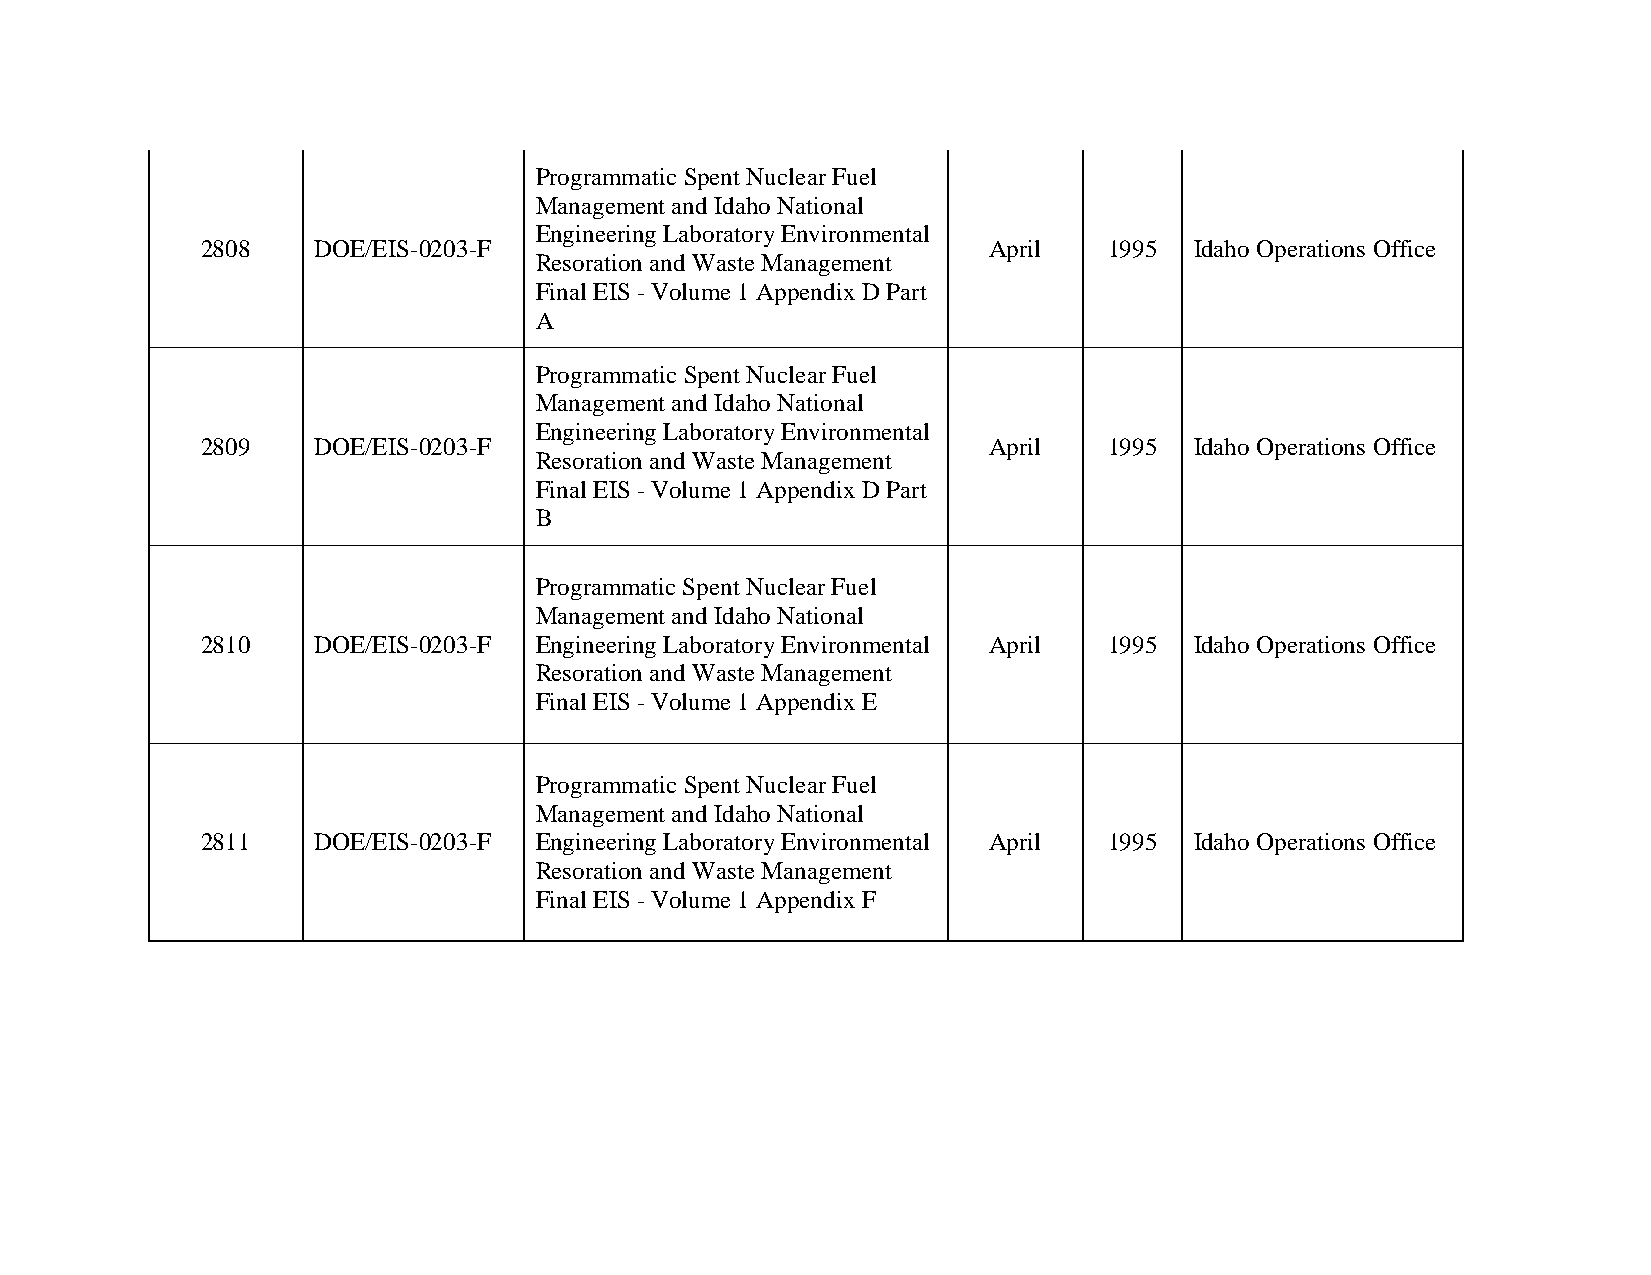
Programmatic Spent Nuclear Fuel
 Management and Idaho National
 Engineering Laboratory Environmental
 2808    DOE/EIS-0203-F                              April   1995  Idaho Operations Office
 Resoration and Waste Management
 Final EIS - Volume 1 Appendix D Part
 A
 Programmatic Spent Nuclear Fuel
 Management and Idaho National
 Engineering Laboratory Environmental
 2809    DOE/EIS-0203-F                              April   1995  Idaho Operations Office
 Resoration and Waste Management
 Final EIS - Volume 1 Appendix D Part
 B
 Programmatic Spent Nuclear Fuel
 Management and Idaho National
 2810    DOE/EIS-0203-F Engineering Laboratory Environmental April 1995 Idaho Operations Office
 Resoration and Waste Management
 Final EIS - Volume 1 Appendix E
 Programmatic Spent Nuclear Fuel
 Management and Idaho National
 2811    DOE/EIS-0203-F Engineering Laboratory Environmental April 1995 Idaho Operations Office
 Resoration and Waste Management
 Final EIS - Volume 1 Appendix F